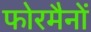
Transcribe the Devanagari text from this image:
फोरमैनाें